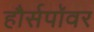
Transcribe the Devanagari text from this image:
हौर्सपॉवर